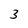
Character: 3